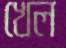
খেল